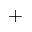
^ { + }